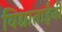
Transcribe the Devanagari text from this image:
विद्याताईंनी